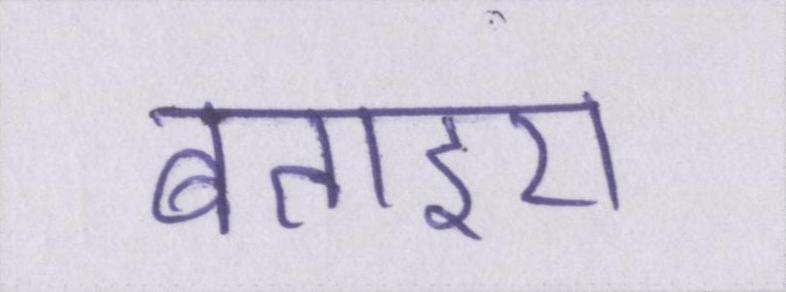
बताइए